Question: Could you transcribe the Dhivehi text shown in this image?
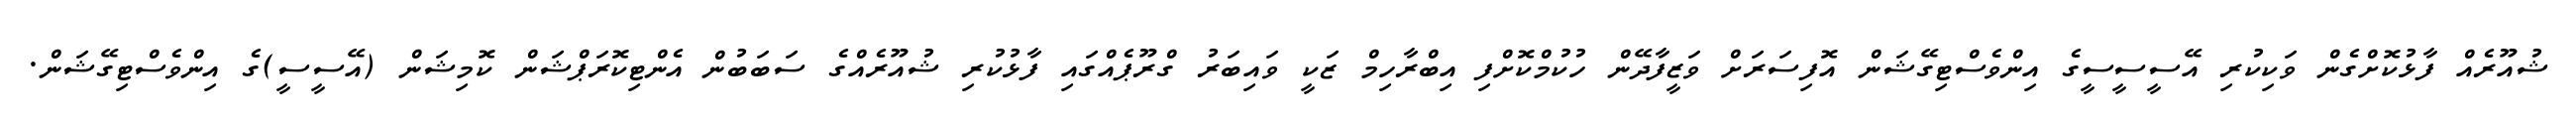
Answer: ޝުއޫރެއް ފާޅުކޮށްގެން ވަކިކުރި އޭސީސީސީގެ އިންވެސްޓިގޭޝަން އޮފިސަރަށް ވަޒީފާދޭން ހުކުމްކޮށްފި އިބްރާހިމް ޒަކީ ވައިބަރު ގްރޫޕެއްގައި ފާޅުކުރި ޝުއޫރެއްގެ ސަބަބުން އެންޓިކޮރަޕްޝަން ކޮމިޝަން (އޭސީސީ)ގެ އިންވެސްޓިގޭޝަން.